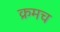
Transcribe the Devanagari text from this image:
क्रमच